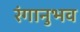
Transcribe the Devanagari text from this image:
रंगानुभव